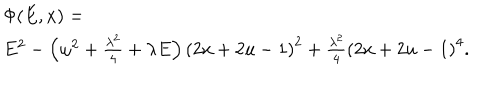
\begin{array} { r l } { { \ } } & { { \Phi ( E , x ) = \ } } \\ { { \ } } & { { E ^ { 2 } - \left( \omega ^ { 2 } + \frac { \lambda ^ { 2 } } { 4 } + \lambda E \right) \left( 2 x + 2 u - 1 \right) ^ { 2 } + \frac { \lambda ^ { 2 } } { 4 } \left( 2 x + 2 u - 1 \right) ^ { 4 } . } } \\ \end{array}